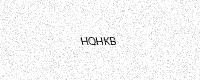
Text: HQHKB